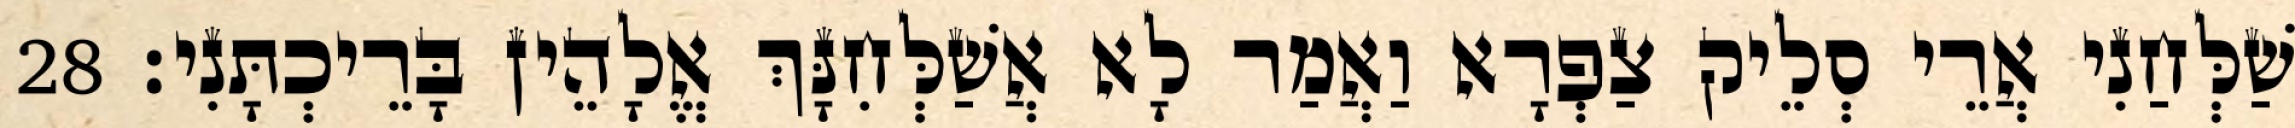
שַׁלְּחַנִי אֲרֵי סְלֵיק צַפְרָא וַאֲמַר לָא אֲשַׁלְּחִנָּךְ אֱלָהֵין בָּרֵיכְתָּנִי׃ 28